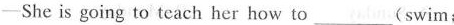
—She is going to teach her how to___(swim;